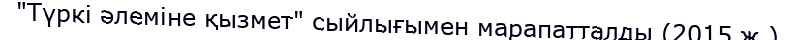
"Түркі әлеміне қызмет" сыйлығымен марапатталды (2015 ж.)